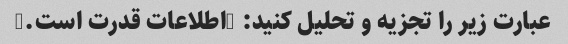
عبارت زیر را تجزیه و تحلیل کنید: "اطلاعات قدرت است."